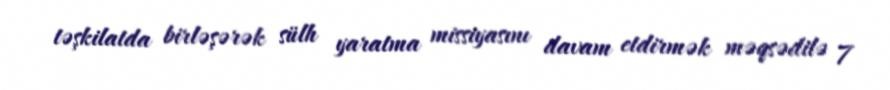
təşkilatda birləşərək sülh yaratma missiyasını davam etdirmək məqsədilə 7